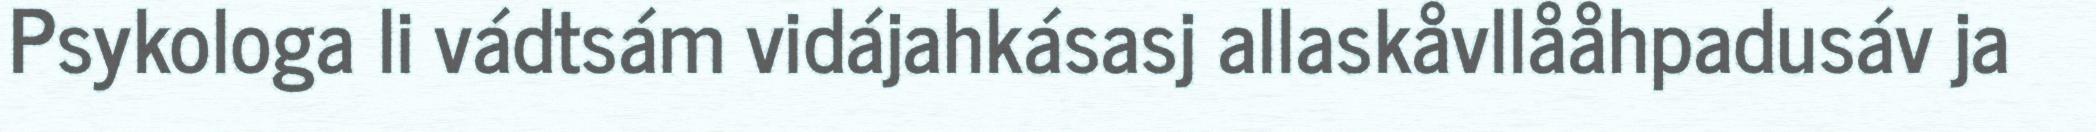
Psykologa li vádtsám vidájahkásasj allaskåvllååhpadusáv ja